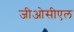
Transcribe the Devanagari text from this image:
जीओसीएल